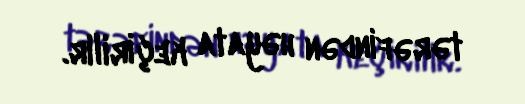
tərəfindən həyata keçirilir.